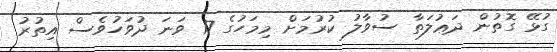
ގުޅޭ ގޮތުން ދަޢުލަތާ ސުވާލު ކުރުމަށް މިމަހުގެ 17 ވަނަ ދުވަހުވެސް އިތުރު